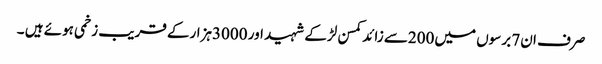
صرف ان7 برسوں میں200سے زائد کمسن لڑکے شہید اور 3000ہزارکے قریب زخمی ہوئے ہیں ۔